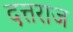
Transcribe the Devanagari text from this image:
दत्तराज